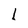
Character: l